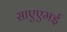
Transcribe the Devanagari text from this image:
साएएमई